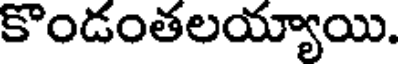
కొండంతలయ్యాయి.